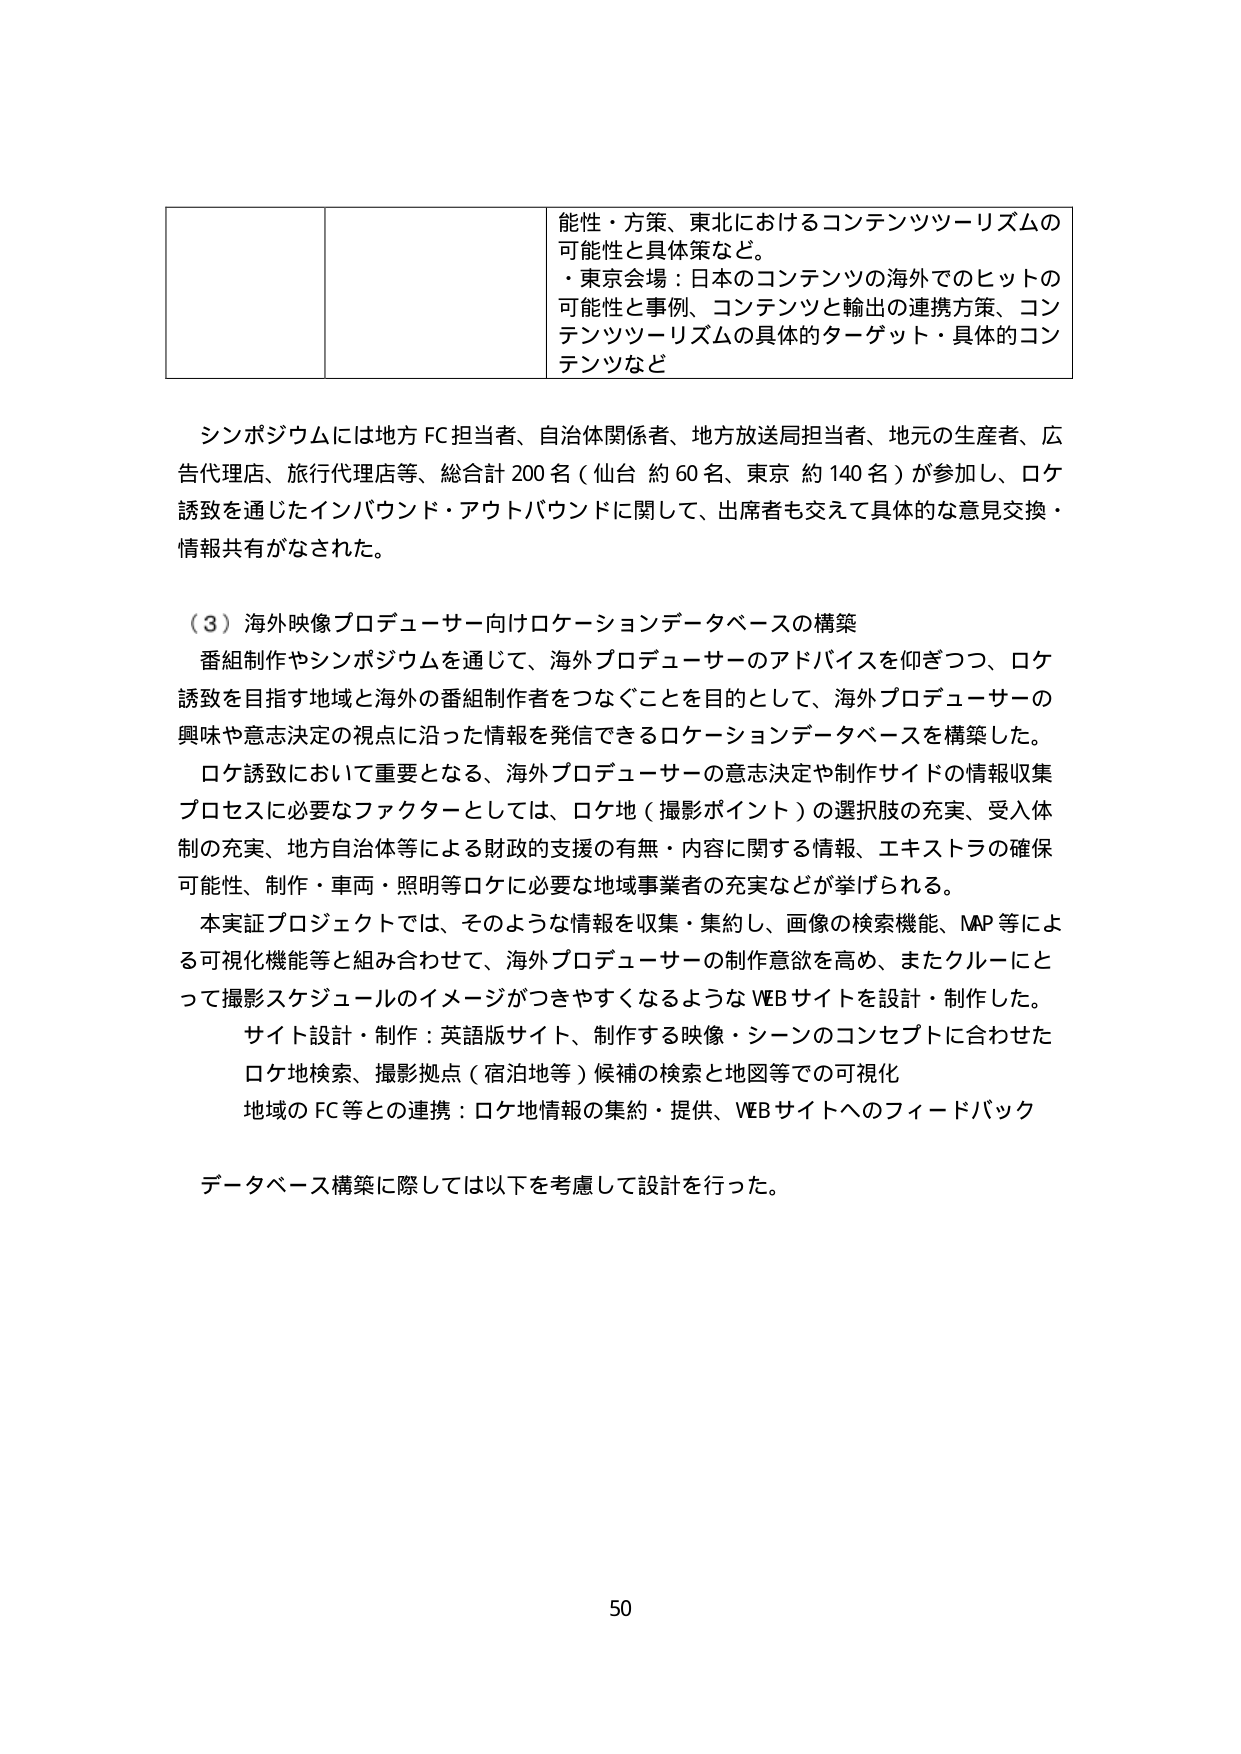
可能性・方策、東北におけるコンテンツツーリズムの可能性と具体策など。
・東京会場：日本のコンテンツの海外でのヒットの可能性と事例、コンテンツと輸出の連携方策、コンテンツツーリズムの具体的ターゲット・具体的コンテンツなど

シンポジウムには地方FC担当者、自治体関係者、地方放送局担当者、地元の生産者、広告代理店、旅行代理店等、総合計200名（仙台 約60名、東京 約140名）が参加し、ロケ誘致を通じたインバウンド・アウトバウンドに関して、出席者も交えて具体的な意見交換・情報共有がなされた。

（3）海外映像プロデューサー向けロケーションデータベースの構築
番組制作やシンポジウムを通じて、海外プロデューサーのアドバイスを仰ぎつつ、ロケ誘致を目指す地域と海外の番組制作者をつなぐことを目的として、海外プロデューサーの興味や意志決定の視点に沿った情報を発信できるロケーションデータベースを構築した。
ロケ誘致において重要となる、海外プロデューサーの意志決定や制作サイドの情報収集プロセスに必要なファクターとしては、ロケ地（撮影ポイント）の選択肢の充実、受入体制の充実、地方自治体等による財政的支援の有無・内容に関する情報、エキストラの確保可能性、制作・車両・照明等ロケに必要な地域事業者の充実などが挙げられる。
本実証プロジェクトでは、そのような情報を収集・集約し、画像の検索機能、MAP等による可視化機能等と組み合わせて、海外プロデューサーの制作意欲を高め、またクルーにとって撮影スケジュールのイメージがつきやすくなるようなWEBサイトを設計・制作した。
サイト設計・制作：英語版サイト、制作する映像・シーンのコンセプトに合わせたロケ地検索、撮影拠点（宿泊地等）候補の検索と地図等での可視化
地域のFC等との連携：ロケ地情報の集約・提供、WEBサイトへのフィードバック

データベース構築に際しては以下を考慮して設計を行った。

50